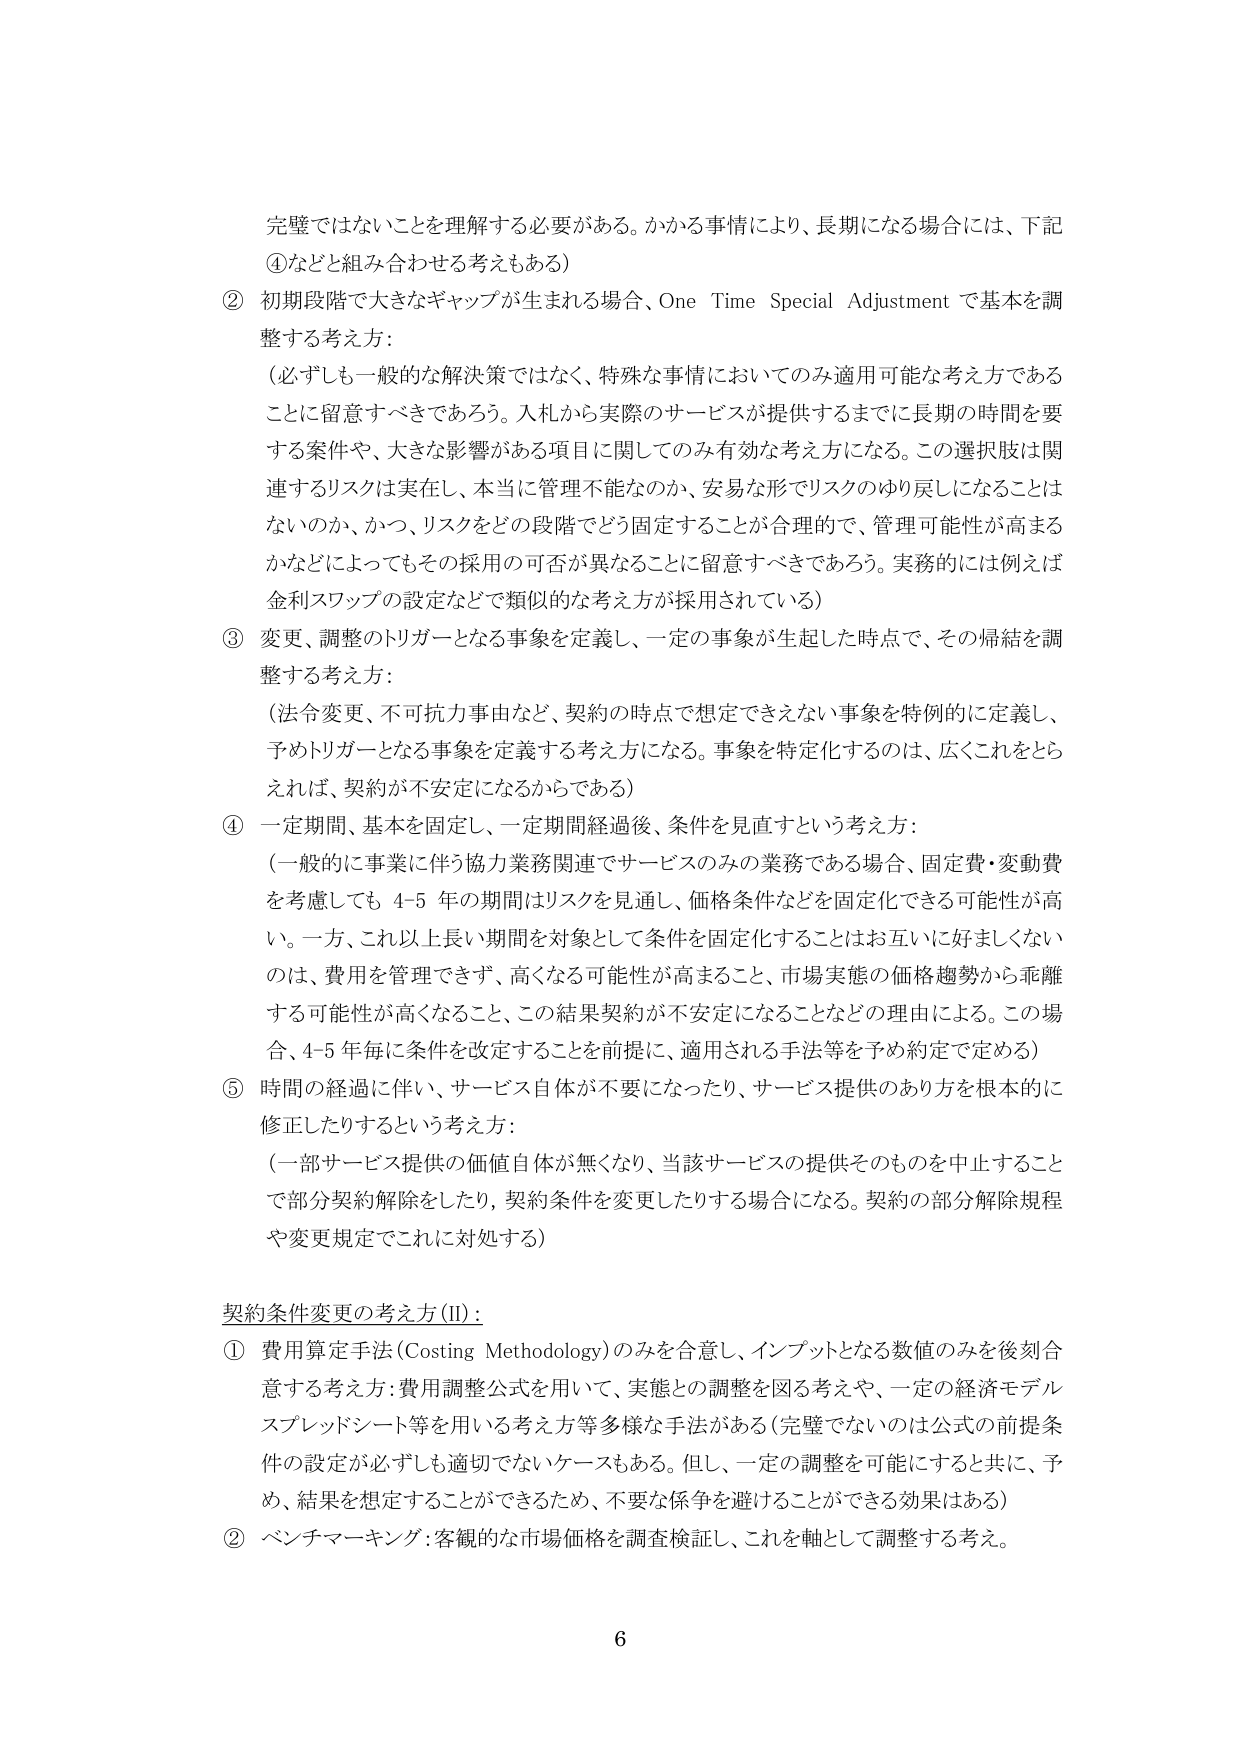
完璧ではないことを理解する必要がある。かかる事情により、長期になる場合には、下記
④などと組み合わせる考えもある）
② 初期段階で大きなギャップが生まれる場合、One Time Special Adjustment で基本を調
整する考え方：
（必ずしも一般的な解決策ではなく、特殊な事情においてのみ適用可能な考え方である
ことに留意すべきであろう。入札から実際のサービスが提供するまでに長期の時間を要
する案件や、大きな影響がある項目に関してのみ有効な考え方になる。この選択肢は関
連するリスクは実在し、本当に管理不能なのか、安易な形でリスクのゆり戻しになることは
ないのか、かつ、リスクをどの段階でどう固定することが合理的で、管理可能性が高まる
かなどによってもその採用の可否が異なることに留意すべきであろう。実務的には例えば
金利スワップの設定などで類似的な考え方が採用されている）
③ 変更、調整のトリガーとなる事象を定義し、一定の事象が生起した時点で、その帰結を調
整する考え方：
（法令変更、不可抗力事由など、契約の時点で想定できえない事象を特例的に定義し、
予めトリガーとなる事象を定義する考え方になる。事象を特定化するのは、広くこれをとら
えれば、契約が不安定になるからである）
④ 一定期間、基本を固定し、一定期間経過後、条件を見直すという考え方：
（一般的に事業に伴う協力業務関連でサービスのみの業務である場合、固定費・変動費
を考慮しても 4-5 年の期間はリスクを見通し、価格条件などを固定化できる可能性が高
い。一方、これ以上長い期間を対象として条件を固定化することはお互いに好ましくない
のは、費用を管理できず、高くなる可能性が高まること、市場実態の価格趨勢から乖離
する可能性が高くなること、この結果契約が不安定になることなどの理由による。この場
合、4-5 年毎に条件を改定することを前提に、適用される手法等を予約定で定める）
⑤ 時間の経過に伴い、サービス自体が不要になったり、サービス提供のあり方を根本的に
修正したりするという考え方：
（一部サービス提供の価値自体が無くなり、当該サービスの提供そのものを中止すること
で部分契約解除をしたり、契約条件を変更したりする場合になる。契約の部分解除規程
や変更規定でこれに対処する）

契約条件変更の考え方(II)：
① 費用算定手法(Costing Methodology)のみを合意し、インプットとなる数値のみを後刻合
意する考え方：費用調整公式を用いて、実態との調整を図る考えや、一定の経済モデル
スプレッドシート等を用いる考え方等多様な手法がある（完璧でないのは公式の前提条
件の設定が必ずしも適切でないケースもある。但し、一定の調整を可能にすると共に、予
め、結果を想定することができるため、不要な係争を避けることができる効果はある）
② ベンチマーキング：客観的な市場価格を調査検証し、これを軸として調整する考え。

6